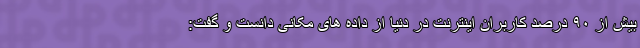
بیش از ۹۰ درصد کاربران اینترنت در دنیا از داده های مکانی دانست و گفت: